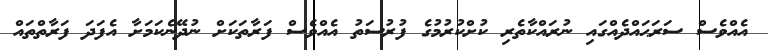
އެއްވެސް ސަރަޙައްދެއްގައި ނުރައްކާތެރި ކުށްކުރުމުގެ ފުރުސަތު އެއްވެސް ފަރާތަކަށް ނުދޭނެކަމަށާ އެފަދަ ފަރާތްތައް